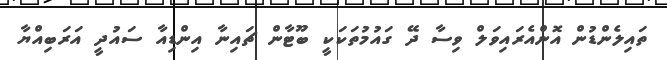
ތައިލެންޑުން އޮންއެރައިވަލް ވިސާ ދޭ ގައުމުތަކަކީ ބޫޓާން ޗައިނާ އިންޑިއާ ސައުދީ އަރަބިއްޔާ